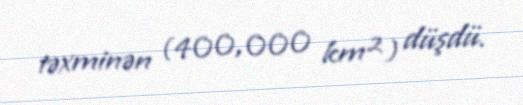
təxminən (400,000 km²) düşdü.